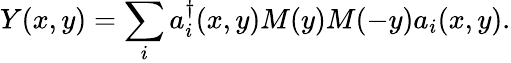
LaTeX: Y(x,y)=\sum_{i}a_{i}^{\dagger}(x,y)M(y)M(-y)a_{i}(x,y).